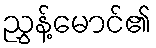
ညွှန့်မောင်၏